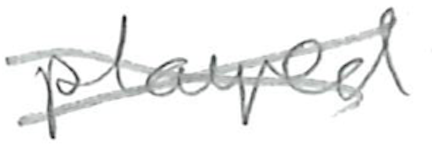
Text: played
Cross-out: cross
Writing tool: pencil